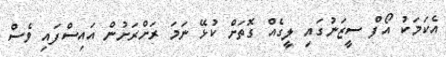
އެކަމަކު އޯފް ސީޒަނުގައި ލީގެއް ގޮތަށް ކުޅޭ ނަމަ ރަށްރަށުން އައިސްފައި ވެސް